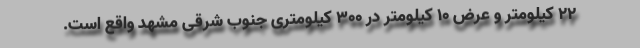
۲۲ کیلومتر و عرض ۱۰ کیلومتر در ۳۰۰ کیلومتری جنوب شرقی مشهد واقع است.